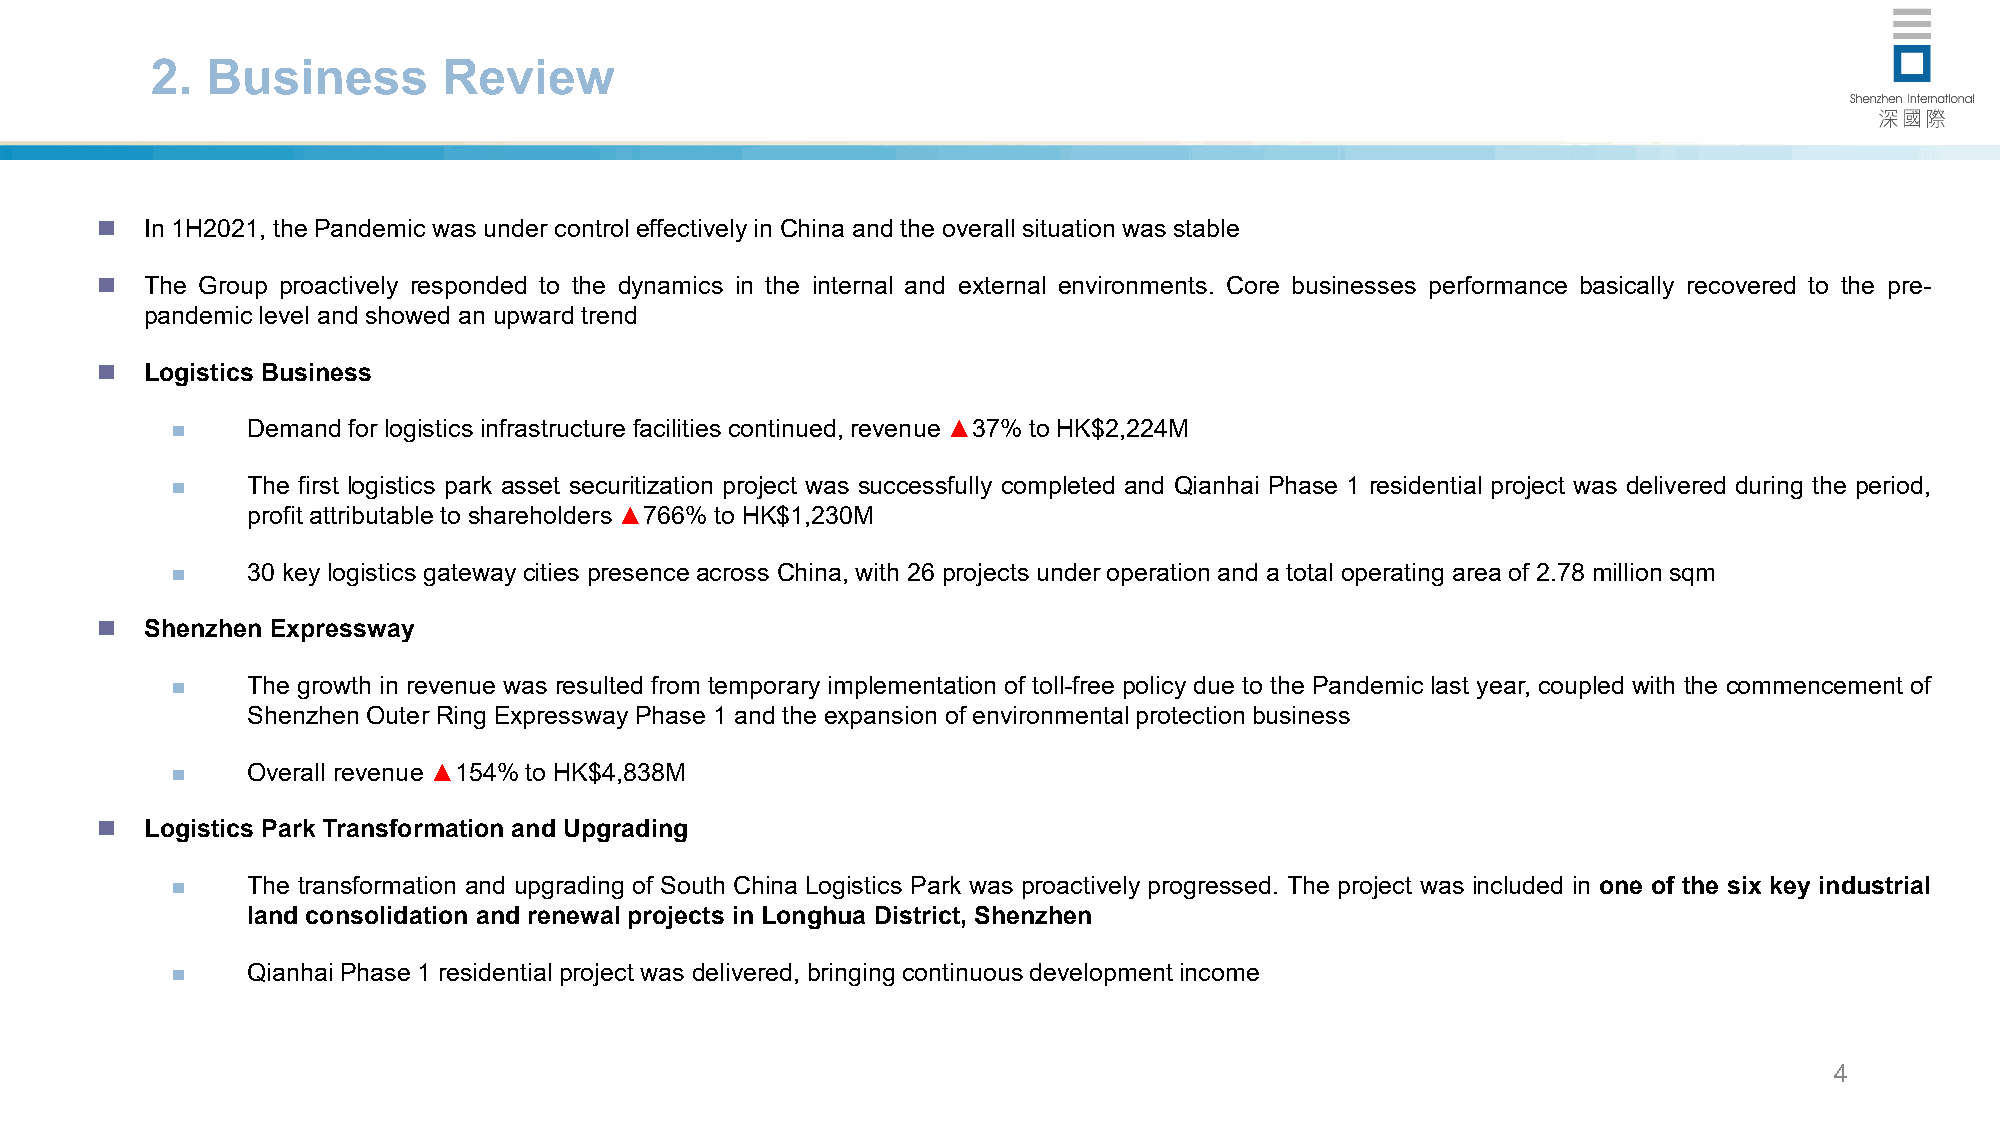
2.  Business       Review
    In 1H2021, the Pandemicwas under control effectivelyin China and the overall situation was stable
    The Group proactively responded to the dynamics in the internal and external environments. Core businesses performance basically recovered to the pre-
 pandemiclevel and showed an upward trend
    Logistics Business
     Demandfor logistics infrastructure facilitiescontinued, revenue ▲37% to HK$2,224M
     The first logistics park asset securitization project was successfully completed and Qianhai Phase 1 residential project was delivered during the period,
 profit attributable to shareholders▲766% to HK$1,230M
     30 key logistics gateway cities presence across China, with 26 projects underoperationand a total operating area of 2.78 million sqm
    Shenzhen Expressway
     The growth in revenue was resulted from temporary implementation of toll-free policy due to the Pandemic last year, coupled with the commencement of
 ShenzhenOuter Ring Expressway Phase 1 and the expansion of environmentalprotection business
     Overall revenue ▲154% to HK$4,838M
    Logistics Park Transformation and Upgrading
     The transformation and upgrading of South China Logistics Park was proactively progressed. The project was included in one of the six key industrial
 land consolidation and renewal projects in Longhua District, Shenzhen
     QianhaiPhase 1 residentialproject was delivered, bringing continuousdevelopment income
 4